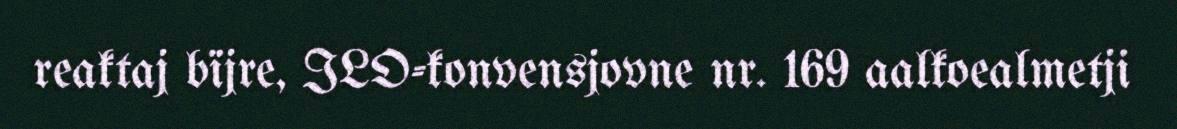
reaktaj bïjre, ILO-konvensjovne nr. 169 aalkoealmetji